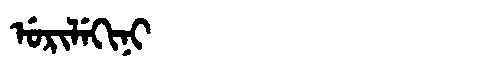
Manchu: ᡠᡵᡳᠯᡝᡴᡳᠨᡳ
Romanization: URILEKINI